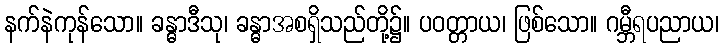
နက်နဲကုန်သော။ ခန္ဓာဒီသု၊ ခန္ဓာအစရှိသည်တို့၌။ ပဝတ္တာယ၊ ဖြစ်သော။ ဂမ္ဘီရပညာယ၊